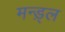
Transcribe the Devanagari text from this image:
मन्ड़्ल